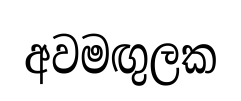
අවමඟුලක